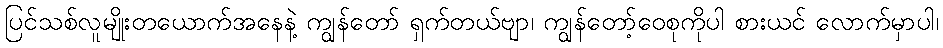
ပြင်သစ်လူမျိုးတယောက်အနေနဲ့ ကျွန်တော် ရှက်တယ်ဗျာ၊ ကျွန်တော့်ဝေစုကိုပါ စားယင် လောက်မှာပါ၊